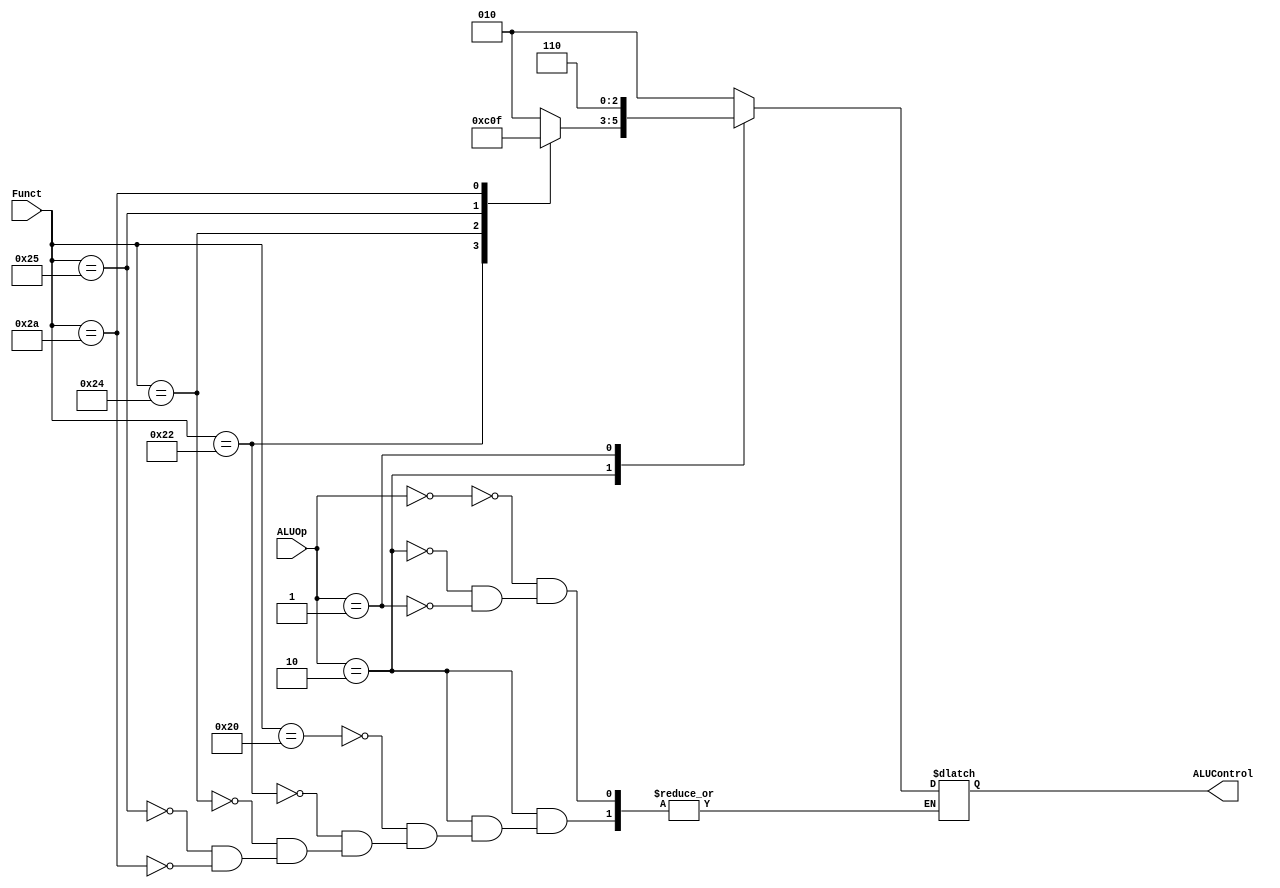
module ALU_Control_Unit(
    // System Clock

    // User Interface
    input       [5:0]   Funct,
    input       [1:0]   ALUOp,
    output  reg [2:0]   ALUControl
);

    always @(*) begin
        case (ALUOp)
            2'b00: ALUControl = 3'b010;
            2'b10: begin
                case (Funct)
                    6'b100000 : ALUControl = 3'b010;
                    6'b100010 : ALUControl = 3'b110;
                    6'b100100 : ALUControl = 3'b000;
                    6'b100101 : ALUControl = 3'b001;
                    6'b101010 : ALUControl = 3'b111;
                endcase
            end
            2'b01: ALUControl = 3'b110;
            default: ;
        endcase
    end


endmodule